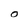
Character: O